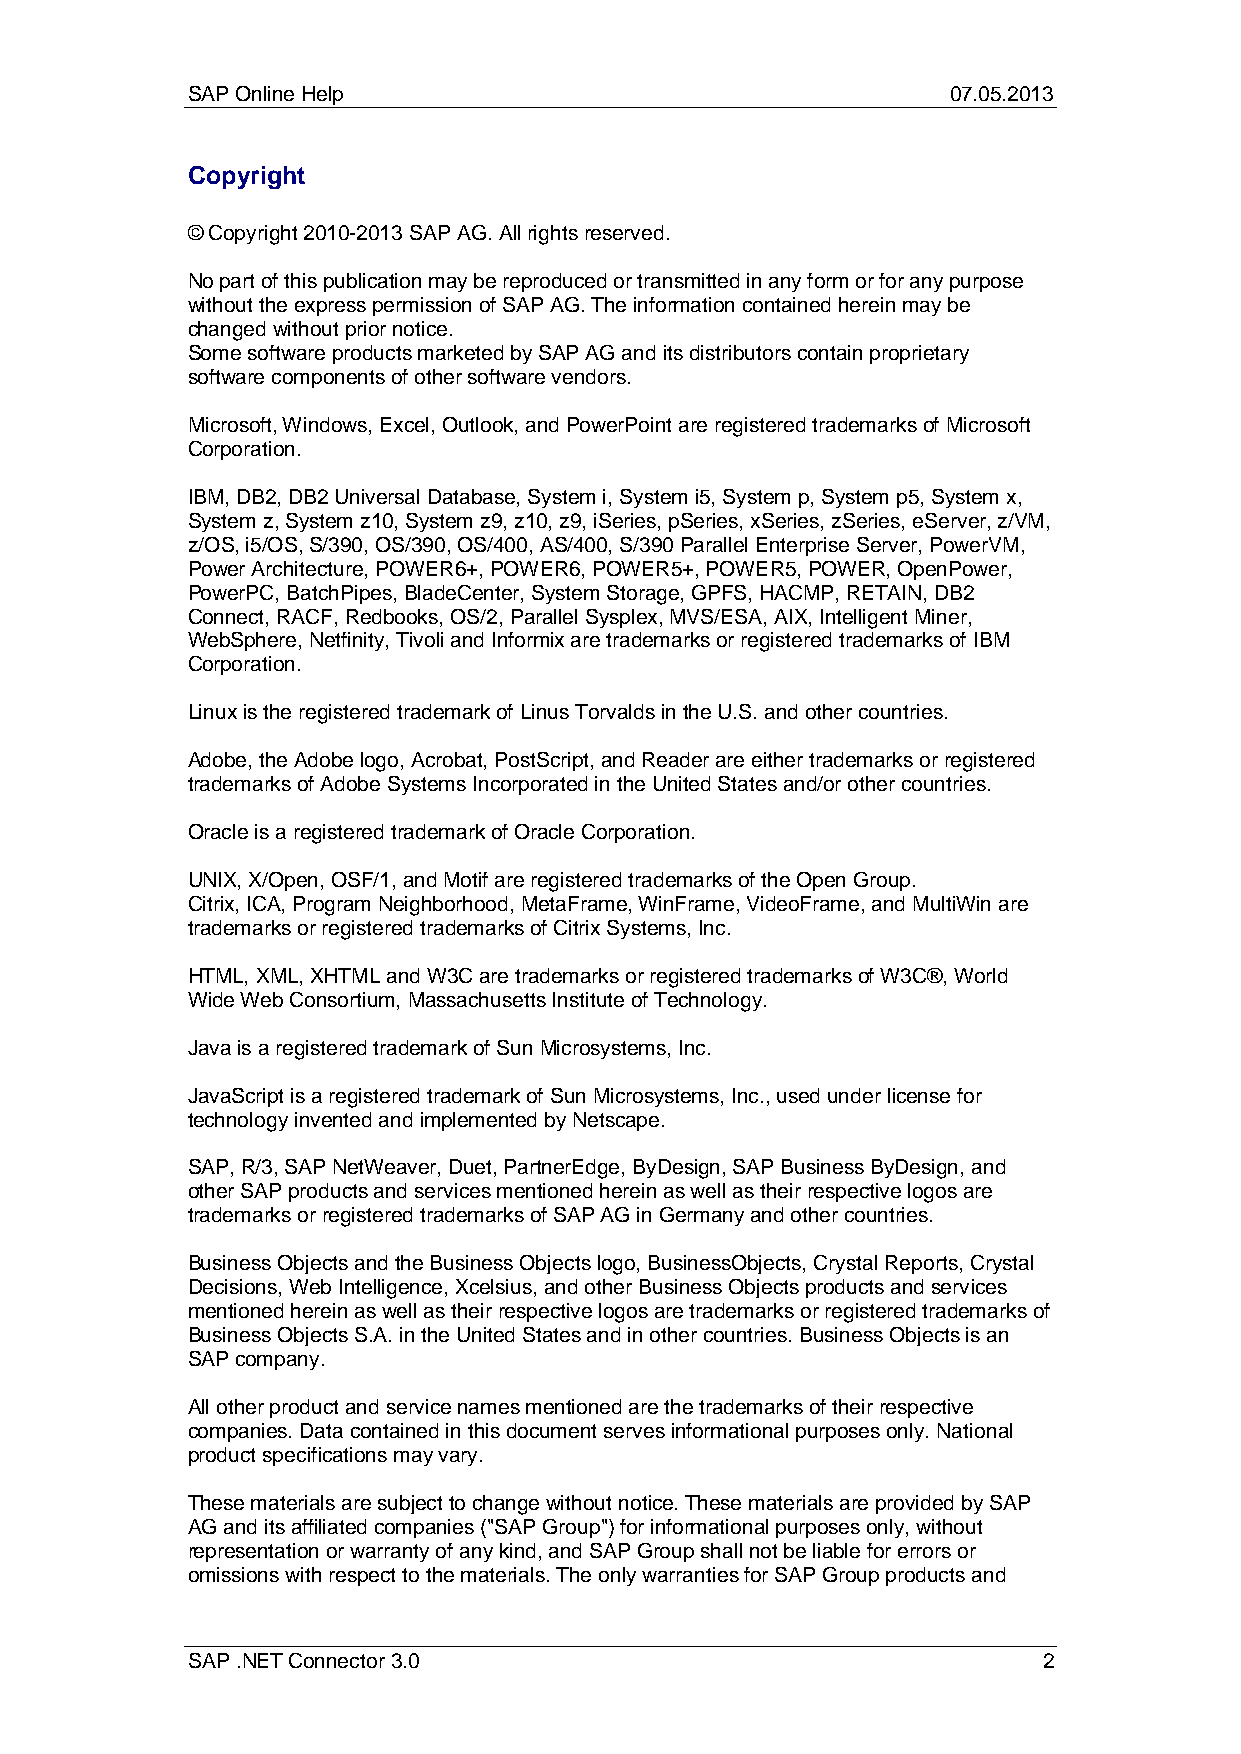
SAP Online Help                                    07.05.2013
 Copyright
 © Copyright 2010-2013 SAP AG. All rights reserved.
 No part of this publication may be reproduced or transmitted in any form or for any purpose
 without the express permission of SAP AG. The information contained herein may be
 changed without prior notice.
 Some software products marketed by SAP AG and its distributors contain proprietary
 software components of other software vendors.
 Microsoft, Windows, Excel, Outlook, and PowerPoint are registered trademarks of Microsoft
 Corporation.
 IBM, DB2, DB2 Universal Database, System i, System i5, System p, System p5, System x,
 System z, System z10, System z9, z10, z9, iSeries, pSeries, xSeries, zSeries, eServer, z/VM,
 z/OS, i5/OS, S/390, OS/390, OS/400, AS/400, S/390 Parallel Enterprise Server, PowerVM,
 Power Architecture, POWER6+, POWER6, POWER5+, POWER5, POWER, OpenPower,
 PowerPC, BatchPipes, BladeCenter, System Storage, GPFS, HACMP, RETAIN, DB2
 Connect, RACF, Redbooks, OS/2, Parallel Sysplex, MVS/ESA, AIX, Intelligent Miner,
 WebSphere, Netfinity, Tivoli and Informix are trademarks or registered trademarks of IBM
 Corporation.
 Linux is the registered trademark of Linus Torvalds in the U.S. and other countries.
 Adobe, the Adobe logo, Acrobat, PostScript, and Reader are either trademarks or registered
 trademarks of Adobe Systems Incorporated in the United States and/or other countries.
 Oracle is a registered trademark of Oracle Corporation.
 UNIX, X/Open, OSF/1, and Motif are registered trademarks of the Open Group.
 Citrix, ICA, Program Neighborhood, MetaFrame, WinFrame, VideoFrame, and MultiWin are
 trademarks or registered trademarks of Citrix Systems, Inc.
 HTML, XML, XHTML and W3C are trademarks or registered trademarks of W3C®, World
 Wide Web Consortium, Massachusetts Institute of Technology.
 Java is a registered trademark of Sun Microsystems, Inc.
 JavaScript is a registered trademark of Sun Microsystems, Inc., used under license for
 technology invented and implemented by Netscape.
 SAP, R/3, SAP NetWeaver, Duet, PartnerEdge, ByDesign, SAP Business ByDesign, and
 other SAP products and services mentioned herein as well as their respective logos are
 trademarks or registered trademarks of SAP AG in Germany and other countries.
 Business Objects and the Business Objects logo, BusinessObjects, Crystal Reports, Crystal
 Decisions, Web Intelligence, Xcelsius, and other Business Objects products and services
 mentioned herein as well as their respective logos are trademarks or registered trademarks of
 Business Objects S.A. in the United States and in other countries. Business Objects is an
 SAP company.
 All other product and service names mentioned are the trademarks of their respective
 companies. Data contained in this document serves informational purposes only. National
 product specifications may vary.
 These materials are subject to change without notice. These materials are provided by SAP
 AG and its affiliated companies ("SAP Group") for informational purposes only, without
 representation or warranty of any kind, and SAP Group shall not be liable for errors or
 omissions with respect to the materials. The only warranties for SAP Group products and
 SAP .NET Connector 3.0                                   2